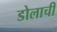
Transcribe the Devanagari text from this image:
डोलाची